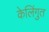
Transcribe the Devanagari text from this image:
केलिंगुत